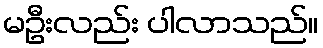
မဦးလည်း ပါလာသည်။